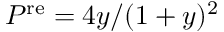
P ^ { \mathrm { r e } } = 4 y / ( 1 + y ) ^ { 2 }